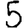
Digit: 5